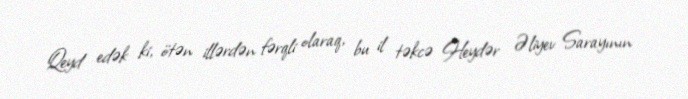
Qeyd edək ki, ötən illərdən fərqli olaraq, bu il təkcə Heydər Əliyev Sarayının